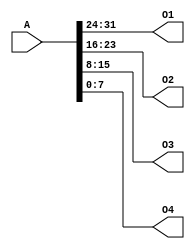
`timescale 1ns / 1ps
//////////////////////////////////////////////////////////////////////////////////
// Company: 
// Engineer: 
// 
// Design Name: 
// Module Name:    splitter 
// Project Name: 
// Target Devices: 
// Tool versions: 
// Description: 
//
// Dependencies: 
//
// Revision: 
// Revision 0.01 - File Created
// Additional Comments: 
//
//////////////////////////////////////////////////////////////////////////////////
module splitter(
    input [31:0] A,
    output [7:0] O1,
    output [7:0] O2,
    output [7:0] O3,
    output [7:0] O4
    );
	 
	 assign O1 = A[31:24];
	 assign O2 = A[23:16];
	 assign O3 = A[15:8];
	 assign O4 = A[7:0];

endmodule